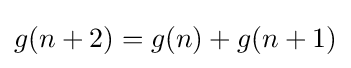
g(n+2)=g(n)+g(n+1)